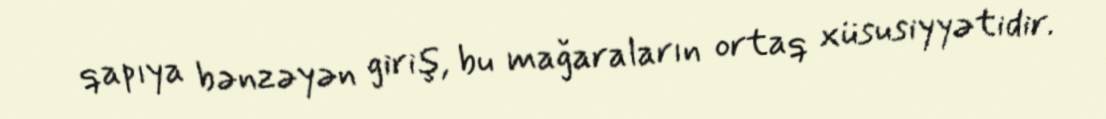
qapıya bənzəyən giriş, bu mağaraların ortaq xüsusiyyətidir.